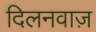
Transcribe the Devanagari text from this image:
दिलनवाज़